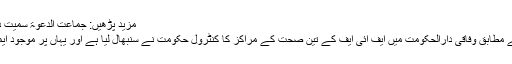
مزید پڑھیں: جماعت الدعوۃ سمیت دیگر تنظیموں پر عطیات جمع کرنے پر پابندی
اسلام آباد سے موصول ہونے والی اطلاعات کے مطابق وفاقی دارالحکومت میں ایف آئی ایف کے تین صحت کے مراکز کا کنٹرول حکومت نے سنبھال لیا ہے اور یہاں پر موجود ایمبولینسز کو ریڈ کریسنٹ کے حوالے کردیا گیا۔